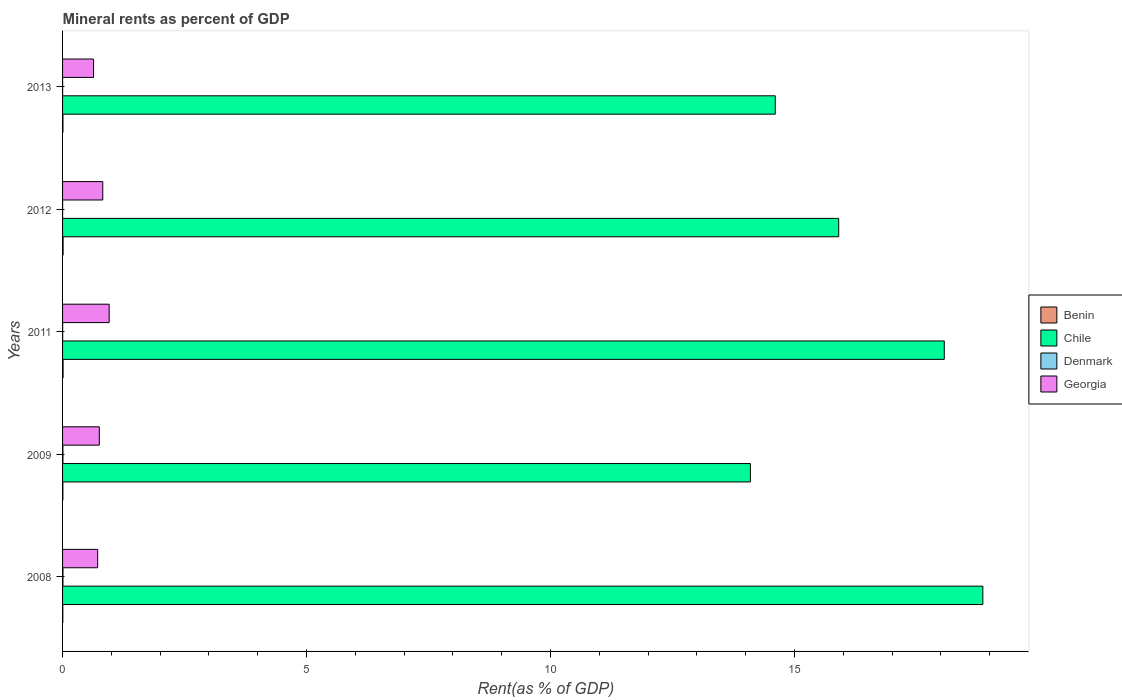
| Years | Benin | Chile | Denmark | Georgia |
 | --- | --- | --- | --- | --- |
 | 2008 | 0.005 | 18.9 | 0.00783 | 0.72 |
 | 2009 | 0.00624 | 14.1 | 0.00718 | 0.753 |
 | 2011 | 0.0105 | 18.1 | 0.00172 | 0.955 |
 | 2012 | 0.0111 | 15.9 | 0.00099 | 0.824 |
 | 2013 | 0.00808 | 14.6 | 0.000765 | 0.635 |